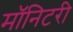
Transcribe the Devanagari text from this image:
मॉनिटरी